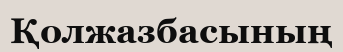
Қолжазбасының